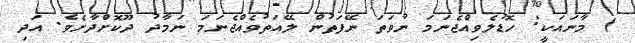
) މާނައަކީ: ހޮޑުލެވިއްޖެނަމަ ނުވަތަ ނޭފަތުން ލޭއަތުވެއްޖެނަމަ ނަމާދު ދޫކޮށްދާށެވެ. އަދި